Annual report of the Punjab Veterinary College and of the Civil Veterinary Department, Punjab - 1909-1919
Year: 1909
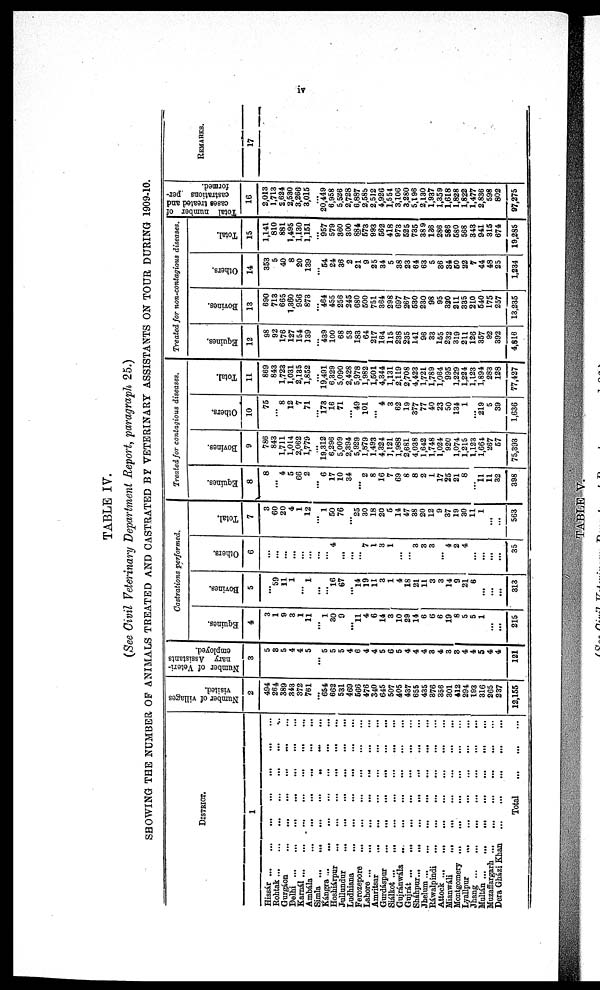
iv
TABLE IV.
(See Civil Veterinary Department Report, paragraph 25.)
SHOWING THE NUMBER OF ANIMALS TREATED AND CASTRATED BY VETERINARY ASSISTANTS ON TOUR DURING 1909-10.
DISTRICT.
1
Hissár … … … … … … … … …
Rohtak … … … … … … ...
Gurgáon … … … … … …
Delhi
…
…
…
…
…
…
Karnál ...
...
...
...
…
…
…
Ambála … … … … … …
Simla … … … … … … ... ...
Kángra
…
…
…
…
…
…
...
Hoshiárpur
…
…
…
…
…
…
Jullundur
…
…
…
…
…
…
Ludhiana
…
…
…
…
…
…
Ferozepore
…
…
…
…
…
…
Lahore
…
…
…
…
…
…
...
Amritsar … … … … … …
Gurdáspur
…
…
…
…
…
…
Siálkot … … … … … … … … …
Gujránwála
…
…
…
…
…
…
Gujrát … … … … … … … …
Sháhpur … … … … … … …
Jhelum...
…
…
…
…
…
…
Ráwalpindi … … … … … …
Attock … … … … … … ...
Mianwáli
…
…
…
…
…
…
...
Montgomery … … … … … …
Lyallpur
…
…
…
…
…
…
Jhang … … … … … … ...
...
Multán … … … … … … …
Muzalfargarh … … … … … …
Dera Gházi Khan … … … … …
Total
…
…
…
Number of villages
visited.
2
494
264
389
343
372
761
...
654
662
531
469
566
476
340
645
507
405
437
655
435
376
356
301
412
294
193
316
265
237
12,155
Number of Veteri-
nary Assistants
employed.
3
5
3
5
4
4
5
…
5
5
5
4
6
4
4
5
6
5
4
4
4
3
4
3
3
4
4
5
4
4
121
Castrations performed.
Equines.
4
3
1
9
3
1
11
…
1
30
9
...
11
4
6
14
3
10
29
14
6
6
6
19
8
5
5
1
...
...
215
Bovines.
5
...
59
11
1
...
1
...
…
16
67
…
14
19
11
3
1
4
18
21
11
3
3
14
9
21
6
…
…
...
313
Others.
6
...
...
...
...
...
…
…
...
4
…
...
...
7
1
3
1
...
…
3
3
3
…
4
2
4
...
...
…
...
35
Total.
7
3
60
20
4
1
12
...
1
50
76
...
25
30
18
20
6
14
47
38
20
12
9
37
19
30
11
1
...
...
563
Treated for contagious diseases.
Equines.
8
8
…
4
5
66
2
...
6
17
10
34
...
2
8
16
7
69
8
8
2
1
17
25
21
8
...
11
11
32
398
Bovines.
9
786
843
1,711
1,014
2,062
1,779
...
19,312
6,296
5,009
2,394
5,929
1,879
1,493
4,324
1,121
1,988
2,681
4,038
1,642
1,748
1,024
920
1,074
1,215
1,123
1,661
267
57
75,393
Others.
10
75
...
8
12
7
71
...
173
16
71
…
49
101
…
4
3
62
19
377
77
40
23
50
134
1
...
219
5
39
1,636
Total.
11
869
843
1,723
1,031
2,135
1,852
...
19,491
6,329
5,090
2,428
5,978
1,982
1,501
4,344
1,131
2,119
2,708
4,423
1,721
1,789
1,064
995
1,229
1,224
1,123
1,894
283
128
77,427
Treated for non-contagious diseases.
Equines.
12
98
92
176
127
154
139
...
439
100
68
53
183
64
217
164
115
238
235
141
96
33
155
232
319
211
126
357
92
392
4,816
Bovines.
13
690
713
665
1,360
956
873
...
464
455
256
245
680
500
751
364
298
697
267
530
230
98
95
320
211
335
210
540
175
257
13,235
Others.
14
353
5
40
8
20
139
…
54
24
36
2
21
9
25
34
5
38
23
64
63
5
36
34
50
22
7
44
48
25
1,234
Total.
15
1,141
810
881
1,495
1,130
1,151
...
957
579
360
300
884
573
993
562
418
973
525
735
389
186
286
586
580
568
343
941
315
674
19,285
Total number of
cases treated and
castrations per-
formed.
16
2,013
1,713
2,624
2,530
3,266
3,015
...
20,449
6,958
5,526
2,728
6,887
2,585
2,512
4,926
1,554
3,106
3,280
5,196
2,130
1,937
1,359
1,618
1,828
1,822
1,477
2,836
598
802
97,275
REMARKS.
17